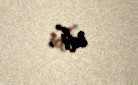
idi”.